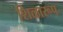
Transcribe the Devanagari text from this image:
शिळारूप